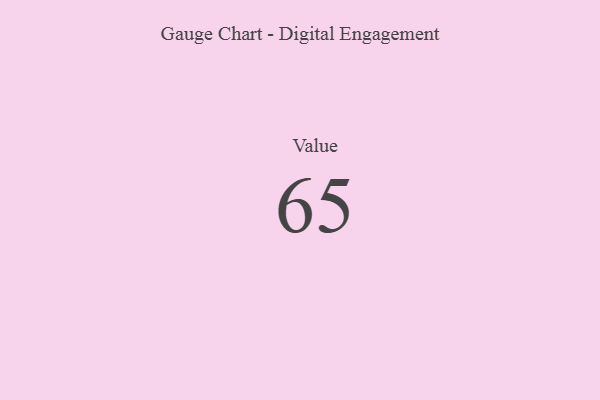
{"axis": {"x": "Metric", "y": "Value"}, "legend": [""], "data": [{"x": "Value", "y": 65, "type": ""}]}